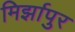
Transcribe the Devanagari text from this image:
मिर्झापुर